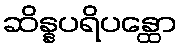
ဆိန္နပရိပန္ထော